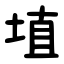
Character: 埴